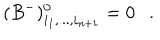
( B ^ { - } ) _ { i _ { 1 } , . . . , i _ { n + 1 } } ^ { 0 } = 0 .